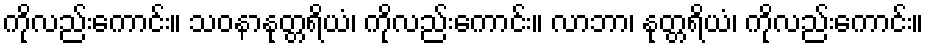
ကိုလည်းကောင်း။ သဝနာနုတ္တရိယံ၊ ကိုလည်းကောင်း။ လာဘာ၊ နုတ္တရိယံ၊ ကိုလည်းကောင်း။